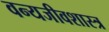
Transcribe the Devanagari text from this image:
वन्यजीवशास्त्र